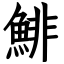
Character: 鯡